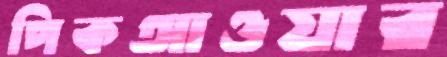
পিকআওয়ার